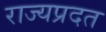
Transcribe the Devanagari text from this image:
राज्यप्रदत